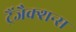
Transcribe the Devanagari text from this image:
ट्रैंजैक्शन्स